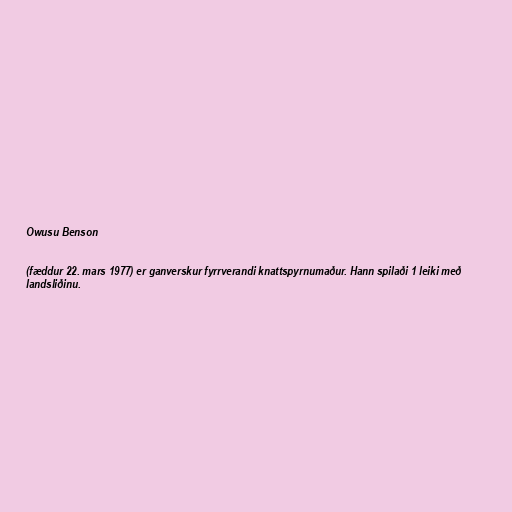
Owusu Benson

(fæddur 22. mars 1977) er ganverskur fyrrverandi knattspyrnumaður. Hann spilaði 1 leiki með
landsliðinu.